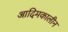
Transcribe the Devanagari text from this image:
आदिमकालीन